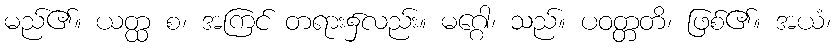
မည်၏။ ယတ္ထ စ၊ အကြင် တရား၌လည်း။ မဂ္ဂေါ၊ သည်။ ပဝတ္တတိ၊ ဖြစ်၏။ အယံ၊